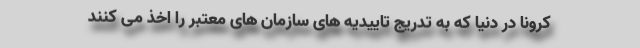
کرونا در دنیا که به تدریج تاییدیه های سازمان های معتبر را اخذ می کنند